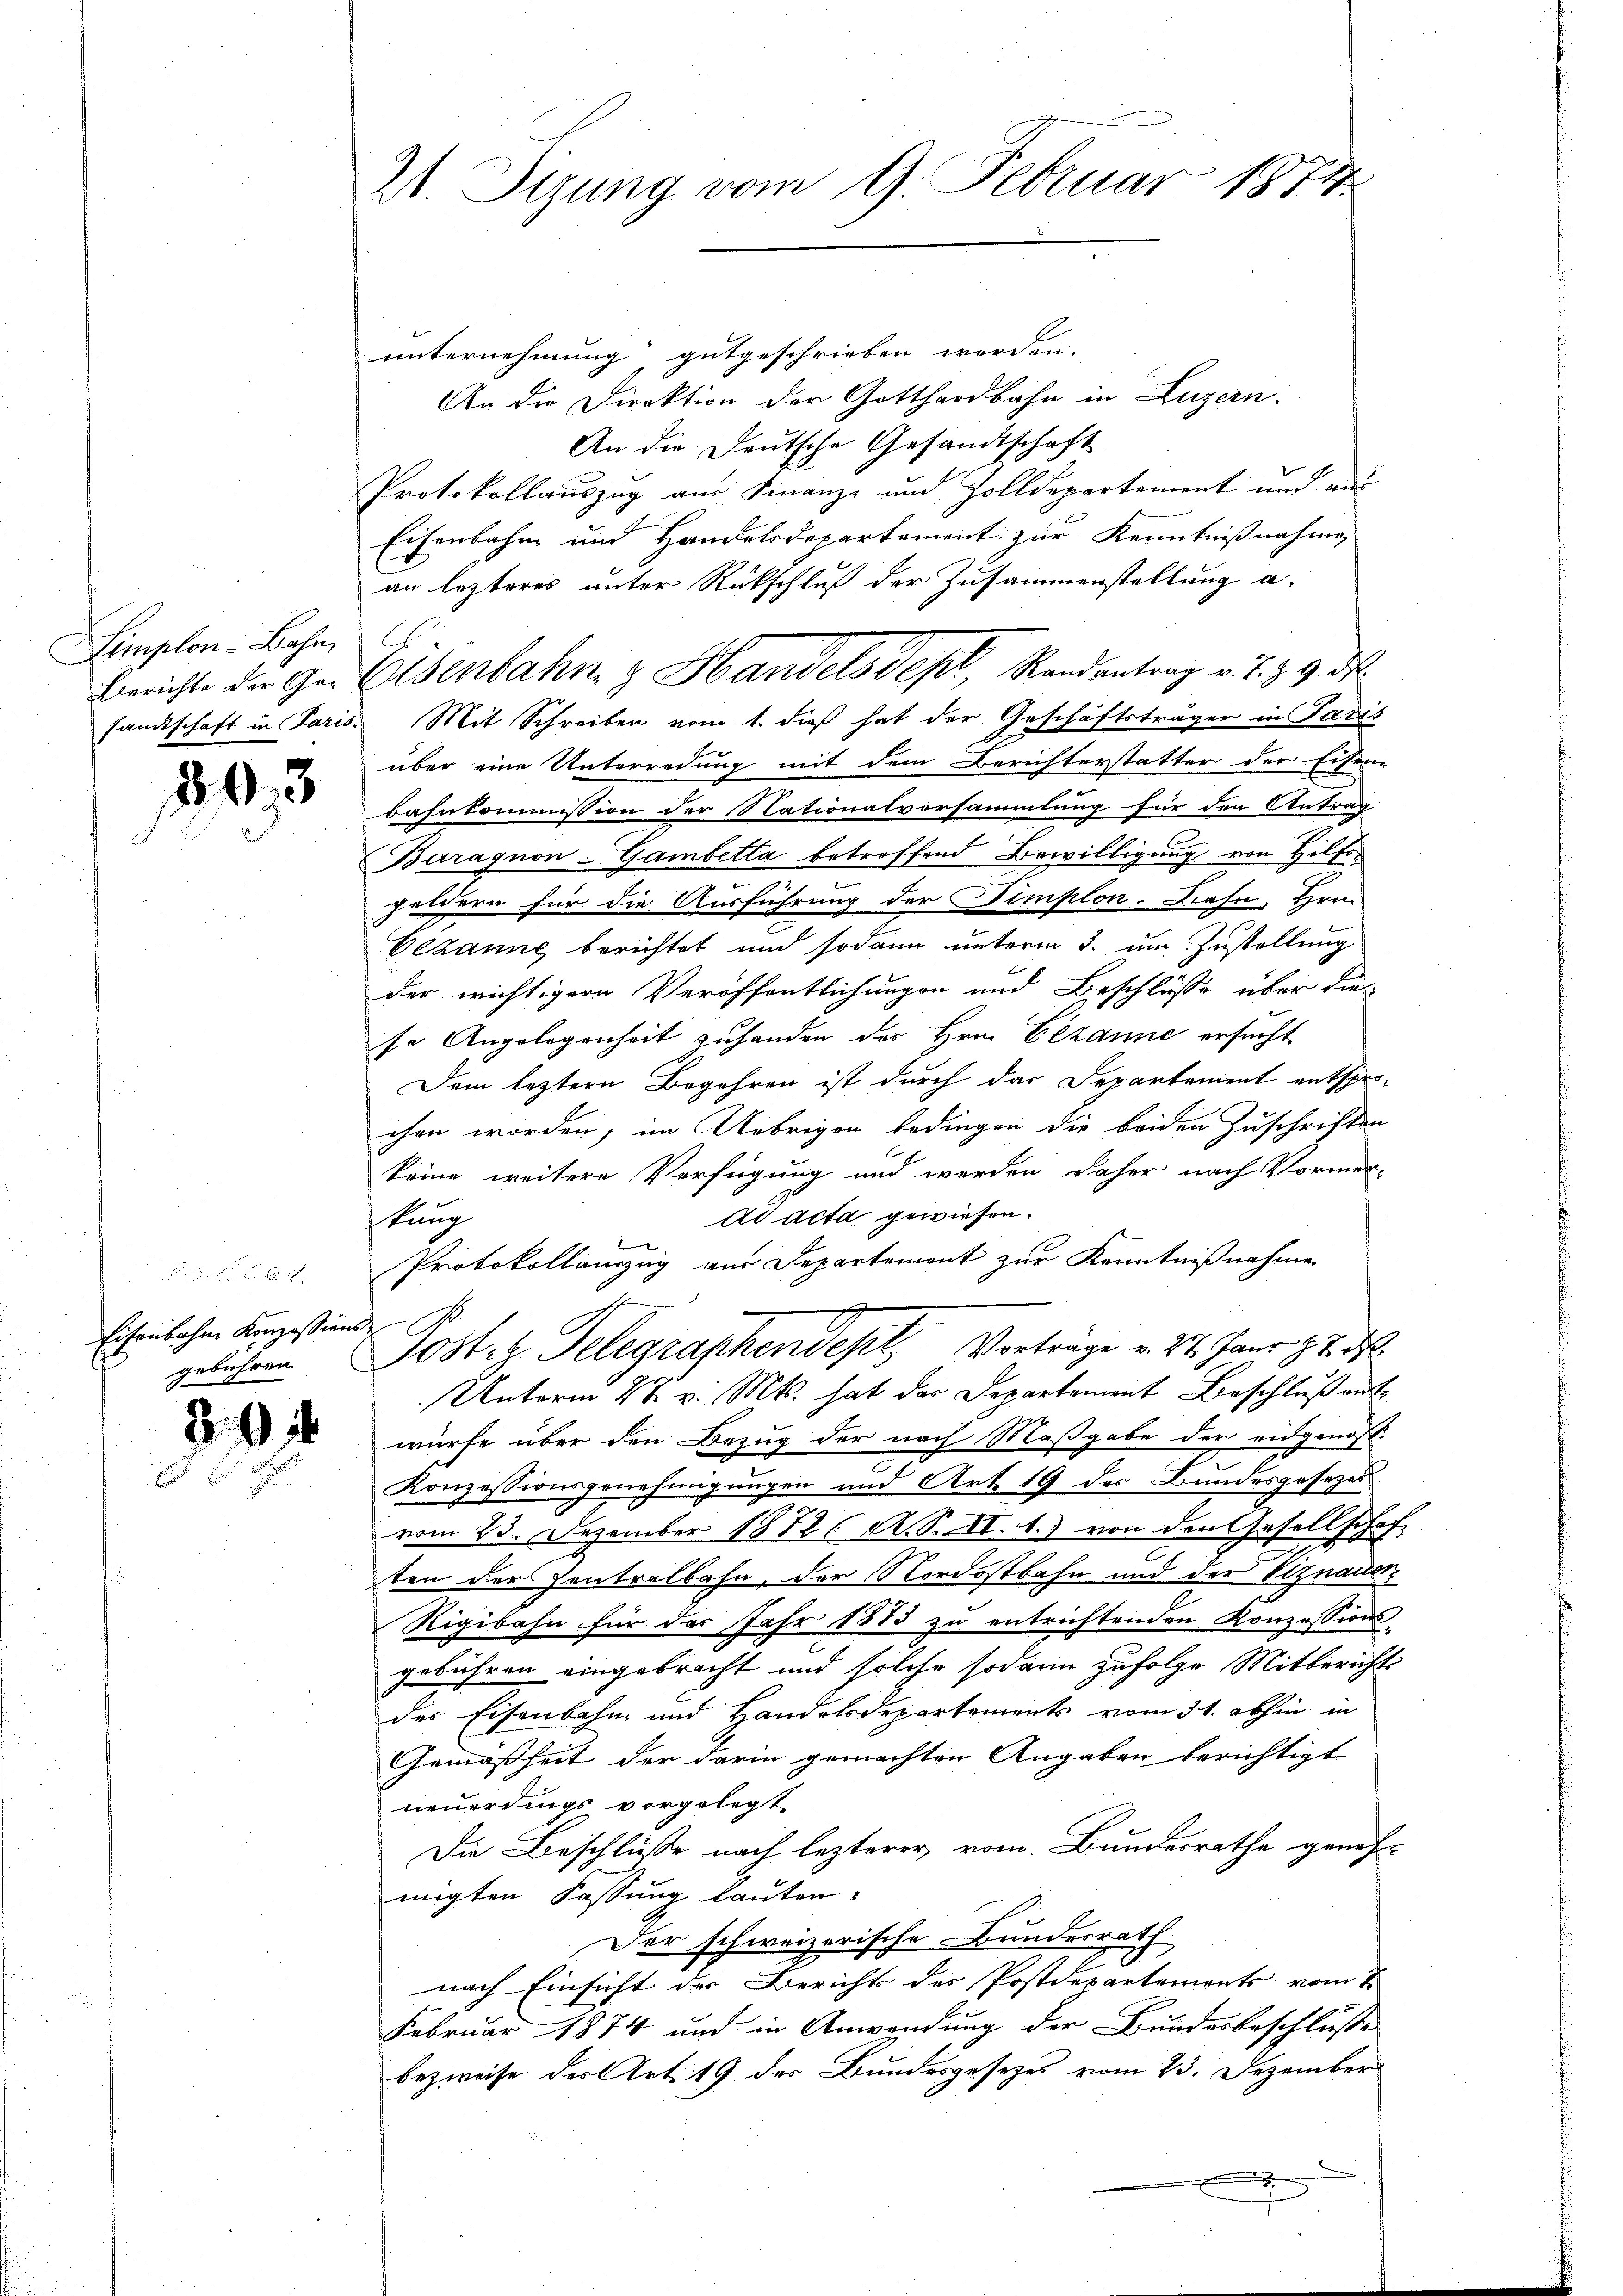
Limplon-Bahn,

803

Eisenbahne Konzessions-
gebühren.

2

21. Sizung vom 9. Februar 1874

unternehmung gutgeschrieben werden.
An die Direktion der Gotthardbahn in Luzern.
An die Deutsche Gesandtschaft
Protokollauszug aus Finanz- und Zolldepartement und aus
Eisenbahn und Handelsdepartement zur Kenntnißnahme,
an lezteres unter Rückschluß der Zusammenstellung a.
Berichte der Gei Osenbahn & Handelsdept, Randantrag v. J. Z. 9. d.
sandtschaft in Paris. Mit Schreiben vom 1. dieß hat der Geschäftsträger in Padis
über eine Unterredung mit dem Berichterstatter der Eisen-
bahnkommission der Nationalversammlung für den Antrag
(Baragnon-Gambetta betreffend Bewilligung von Hilfegeldern für die Ausführung der Timplon-Bahn, Hrn.
Gezanne berichtet und sodann unterm 3. um Zustellung
der wichtigern Veröffentlichungen und Beschlüsse über die
se Angelegenheit zuhanden des Hrn. Bezanne ersucht
Dem leztern Begehren ist durch das Departement entsprochen worden; im Uebrigen bedingen die beiden Zuschriften
keine weitere Verfügung und werden daher nach Vormer-
ad acta gewiesen.
tang
x
Protokollanzug aus Departement zur Kenntnißnahme
g
Postiz Gelegraphendept, Vorträge v. 24. Janr. pr. d.
Unterm 28. v. Mts. hat das Departement Beschluß ent
würfe über den Bezug der nach Maßgabe der eidgenos-
Konzessionsgenehmigungen und Art. 19 des Bundesgesezesvom 23. Dezember 1872 (N. S. N. 1.) von den Gesellschaft
ten der Zentralbahn, der Nordostbahn und der Viznauer¬
Rigibahn für das Jahr 1883 zu entrichtenden Konzessions-
gebühren eingebracht und solche sodann zufolge Mitberichts
des Eisenbahn und Handelsdepartements vom 31. abhin in
Gemäßheit der darin gemachten Angaben berichtigt
neuerdings vorgelegt
Die Beschlüße nach lezterer vom Bundesrathe geneh-
migten Fassung lauten.
Der schweizerische Bundesrath
nach Einsicht des Berichts des Postdepartements vom 2
Februar 1874 und in Anwendung der Bundesbeschlüsse
bezweise der Art. 19 des Bundesgesezes vom 23. Dezember
.